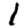
Digit: 1